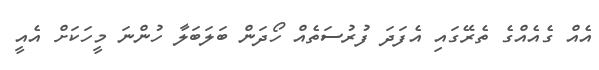
އެއް ގެއެއްގެ ތެރޭގައި އެފަދަ ފުރުސަތެއް ހޯދަން ބަލަބަލާ ހުންނަ މީހަކަށް އެއީ